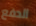
الدفع